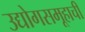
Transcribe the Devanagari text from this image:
उद्योगसमूहाचीं